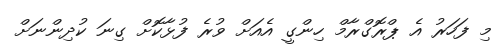
މި ފަހަރު އެ ޕްރޮގްރާމް ހިންގީ އެއަށް ވުރެ ފުޅާކޮށް ގިނަ ކުދިންނަށް